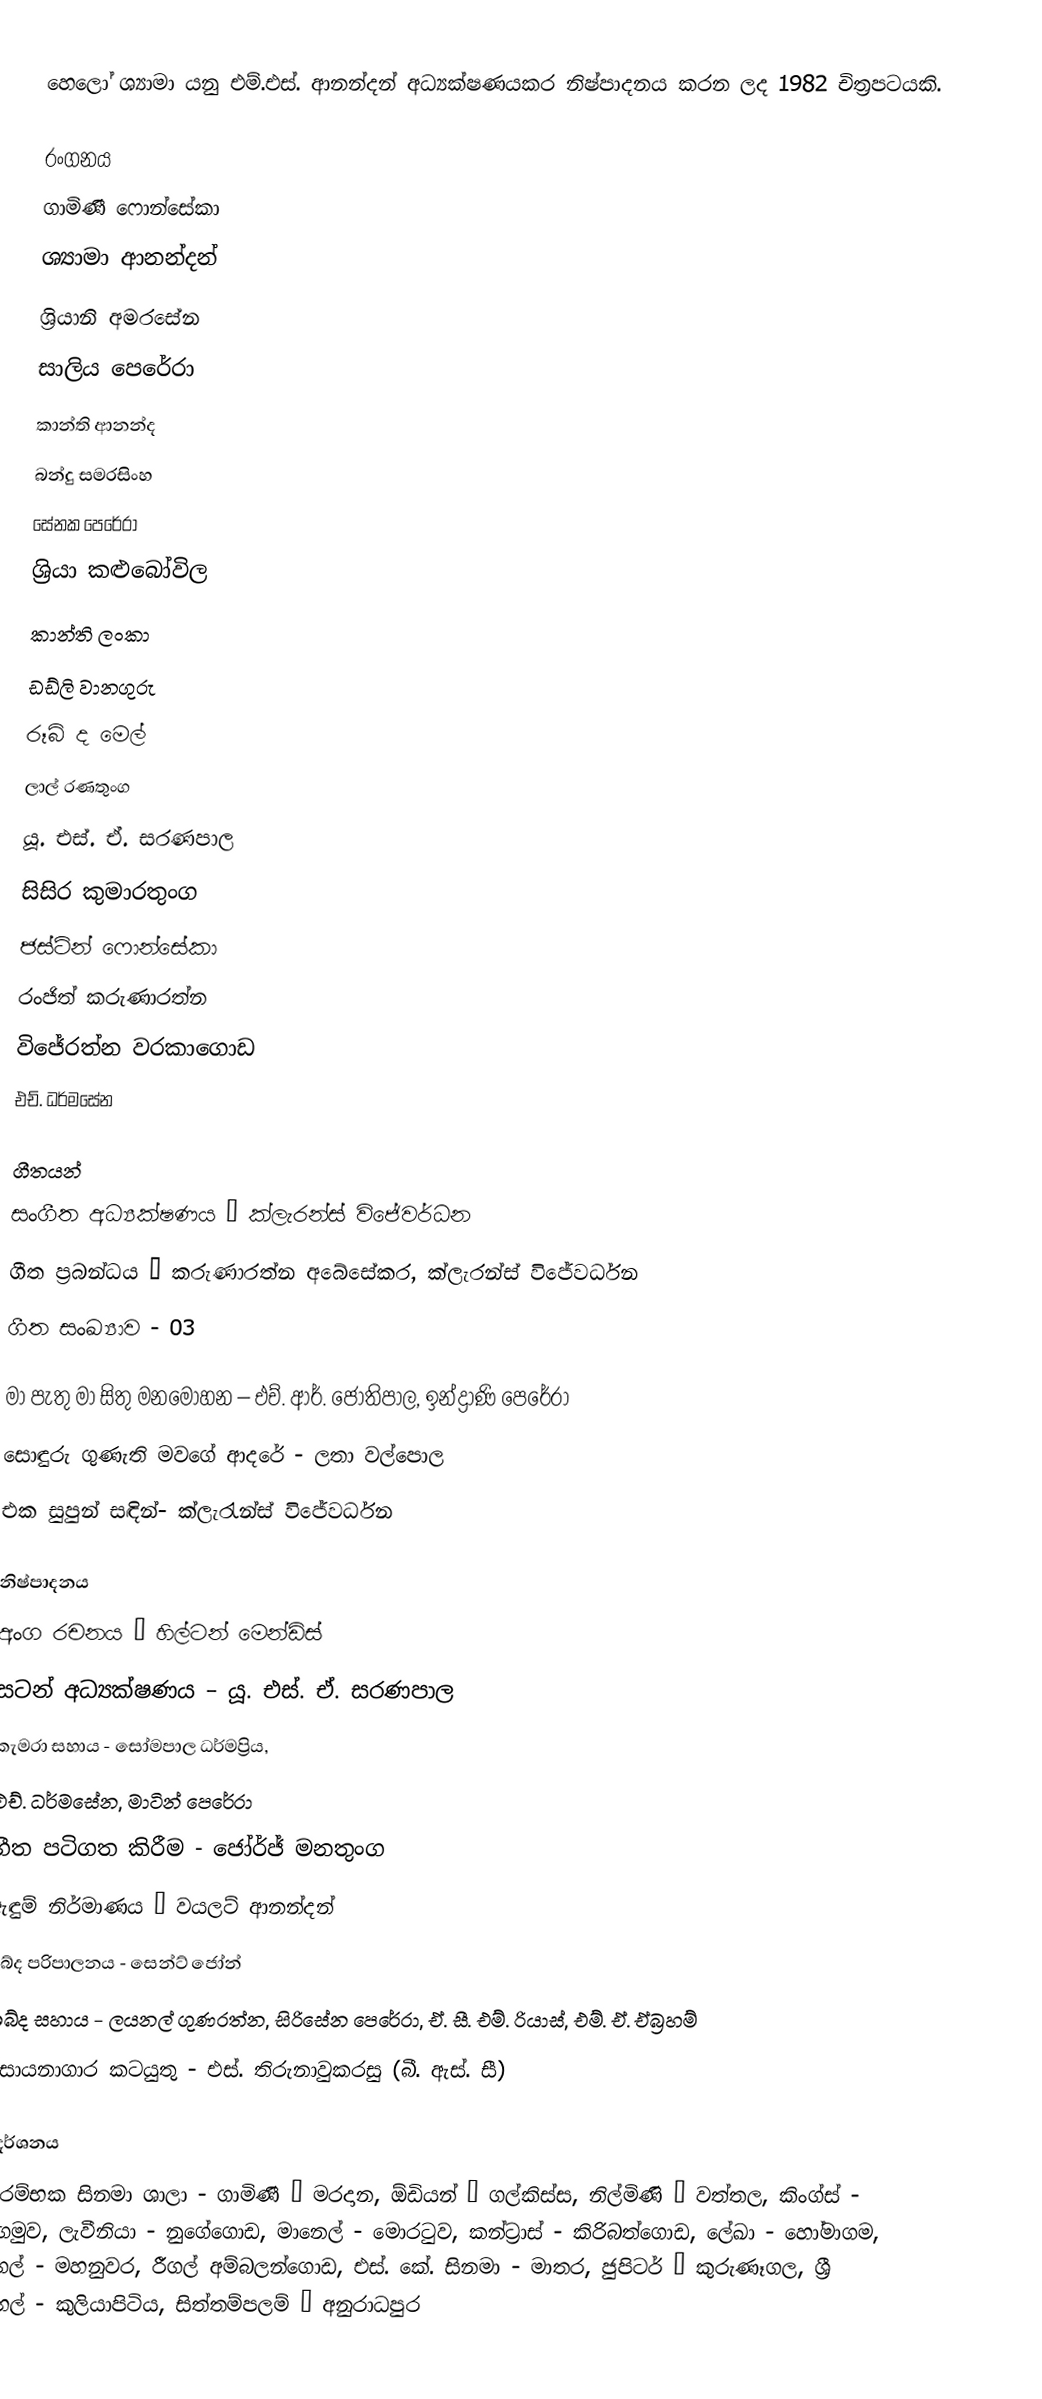
හෙලෝ ශ්‍යාමා යනු එම්.එස්. ආනන්දන් අධ්‍යක්ෂණයකර නිෂ්පාදනය කරන ලද 1982 චිත්‍රපටයකි.

රංගනය
ගාමිණී ෆොන්සේකා
ශ්‍යාමා ආනන්දන්
ශ්‍රියානි අමරසේන
සාලිය පෙරේරා
කාන්ති ආනන්ද
බන්දු සමරසිංහ
සේනක පෙරේරා
ශ්‍රියා කළුබෝවිල
කාන්ති ලංකා
ඩඩ්ලි වානගුරු
රූබි ද මෙල්
ලාල් රණතුංග
යූ. එස්. ඒ. සරණපාල
සිසිර කුමාරතුංග
ජස්ටින් ෆොන්සේකා
රංජිත් කරුණාරත්න
විජේරත්න වරකාගොඩ
එච්. ධර්මසේන

ගීතයන්
සංගීත අධ්‍යක්ෂණය – ක්ලැරන්ස් විජේවර්ධන
ගීත ප්‍රබන්ධය – කරුණාරත්න අබේසේකර, ක්ලැරන්ස් විජේවර්ධන
ගීත සංඛ්‍යාව - 03

මා පැතු මා සිතු මනමෝහන – එච්. ආර්. ජෝතිපාල, ඉන්ද්‍රාණි පෙරේරා
සොඳුරු ගුණැති මවගේ ආදරේ - ලතා වල්පොල
එක සුපුන් සඳින්- ක්ලැරැන්ස් විජේවර්ධන

නිෂ්පාදනය
අංග රචනය – හිල්ටන් මෙන්ඩිස්
සටන් අධ්‍යක්ෂණය – යූ. එස්. ඒ. සරණපාල
කැමරා සහාය - සෝමපාල ධර්මප්‍රිය,
එච්. ධර්මසේන, මාටින් පෙරේරා
ගීත පටිගත කිරීම - ජෝර්ජ් මනතුංග
ඇඳුම් නිර්මාණය – වයලට් ආනන්දන්
ශබ්ද පරිපාලනය - සෙන්ට් ජෝන්
ශබ්ද සහාය - ලයනල් ගුණරත්න, සිරිසේන පෙරේරා, ඒ. සී. එම්. රියාස්, එම්. ඒ. ඒබ්‍රහම්
රසායනාගාර කටයුතු - එස්. තිරුනාවුකරසු (බී. ඇස්. සී)

ප්‍රදර්ශනය
ආරම්භක සිනමා ශාලා - ගාමිණී – මරදාන, ඕඩියන් – ගල්කිස්ස, නිල්මිණි – වත්තල, කිංග්ස් - මීගමුව, ලැවීනියා - නුගේගොඩ, මානෙල් - මොරටුව, කන්ට්‍රාස් - කිරිබත්ගොඩ, ලේඛා - හෝමාගම, රීගල් - මහනුවර, රීගල් අම්බලන්ගොඩ, එස්. කේ. සිනමා - මාතර, ජුපිටර් – කුරුණෑගල, ශ්‍රී මහල් - කුලියාපිටිය, සිත්තම්පලම් – අනුරාධපුර